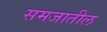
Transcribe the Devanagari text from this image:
समजातील